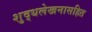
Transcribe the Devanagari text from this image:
शुद्धलेखनासहित